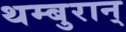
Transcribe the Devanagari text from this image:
थम्बुरान्